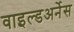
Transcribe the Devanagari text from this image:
वाइल्डअर्नेस